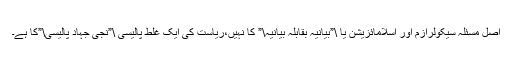
اصل مسئلہ سیکولرازم اور اسلامائزیشن یا \”بیانیہ بقابلہ بیانیہ\” کا نہیں،ریاست کی ایک غلط پالیسی \”نجی جہاد پالیسی\”کا ہے۔